Report on the administration of the Government Cinchona Department 1892-98
Year: 1892
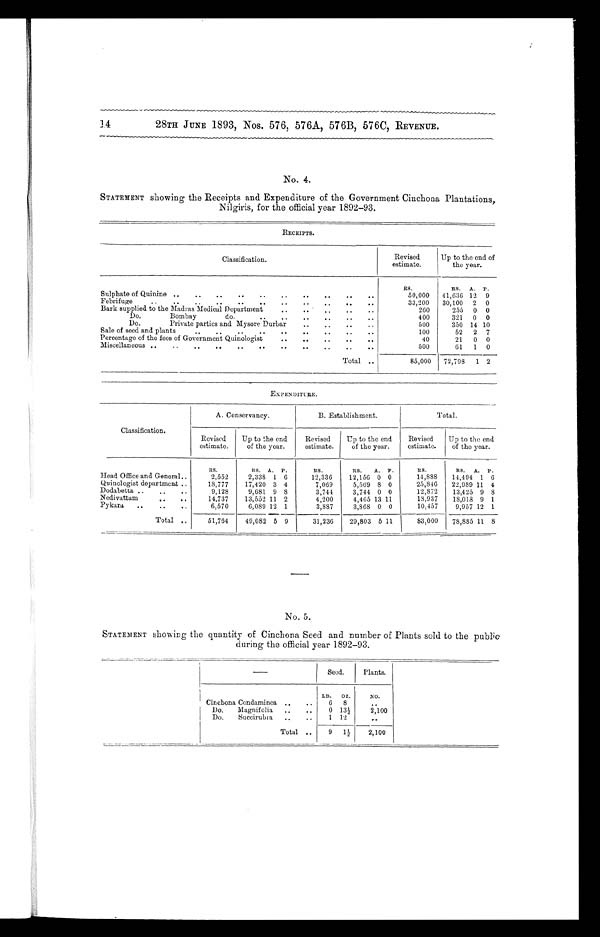
28TH JUNE 1893, Nos. 576, 576A, 576B, 576C, REVENUE.
No. 4.
STATEMENT showing the Receipts and Expenditure of the Government Cinchona Plantations,
Nilgiris, for the official year 1892-93.
RECEIPTS.
Classification.
Revised
estimate.
Up to the end of
the year.
RS.
RS.
A. P.
Sulphate of Quinine . . .
50,000
41,636 12
9
Febrifuge . . .
33,200
30,100
2
0
Bark supplied to the Madras Medical Department . . .
260
255
0 0
400
321
0
0
Do. Bombay do. . . .
Do. Private parties and Mysore Durbar . . .
500
350 14 10
Sale of seed and plants . . .
100
52
2 7
Percentage of the fees of Government Quinologist . . .
40
21
0 0
Mi scellaneous . . .
500
61
1
0
Total . . .
85,000
72,798
1 2
EXPENDITURE.
Classification.
A. Conservancy.
B. Establishment.
Total.
Revised
estimate.
Up to the end
of the year.
Revised
estimate.
Up to the end
of the year.
Revised
estimate.
Up to the end
of the year.
RS.
RS. A. P.
RS.
RS.
A. P.
RS.
RS.
A.
P.
Head Office and General . . .
2,552
2,338 1 6
12,336
12,156 0 0
14,888
14,494 1 6
Quinologist department . . .
18,777
17,420 3 4
7,069
5,569 8 0
25,846
22,989 11 4
Dodabetta . . .
9,128
9,681 9 8
3,744
3,744 0 0
12,872
13,425 9 8
Nedivattam . . .
14,737
13,552 11 2
4,200
4,465 13 11
18,937
18,018 9 1
10,457
9,957 12 1
Pykara . . .
6,570
6,089 12 1
3,887
3,868 0 0
Total . . .
51,764
49,082 5 9
31,236
29,803 5 11
8 3 , 0 0 0
78,885 11 8
No. 5.
STATEMENT showing the quantity of Cinchona Seed and number of Plants sold to the public
during the official year 1892-93.
—
Seed.
Plants.
LB.
OZ.
NO.
Cinchona Condaminea . . .
6
8
. . .
Do.
Magnifolia . . .
0 13½
2,100
Do. Succirubra . . .
1 12
. . .
Total . . .
9
1½
2,100